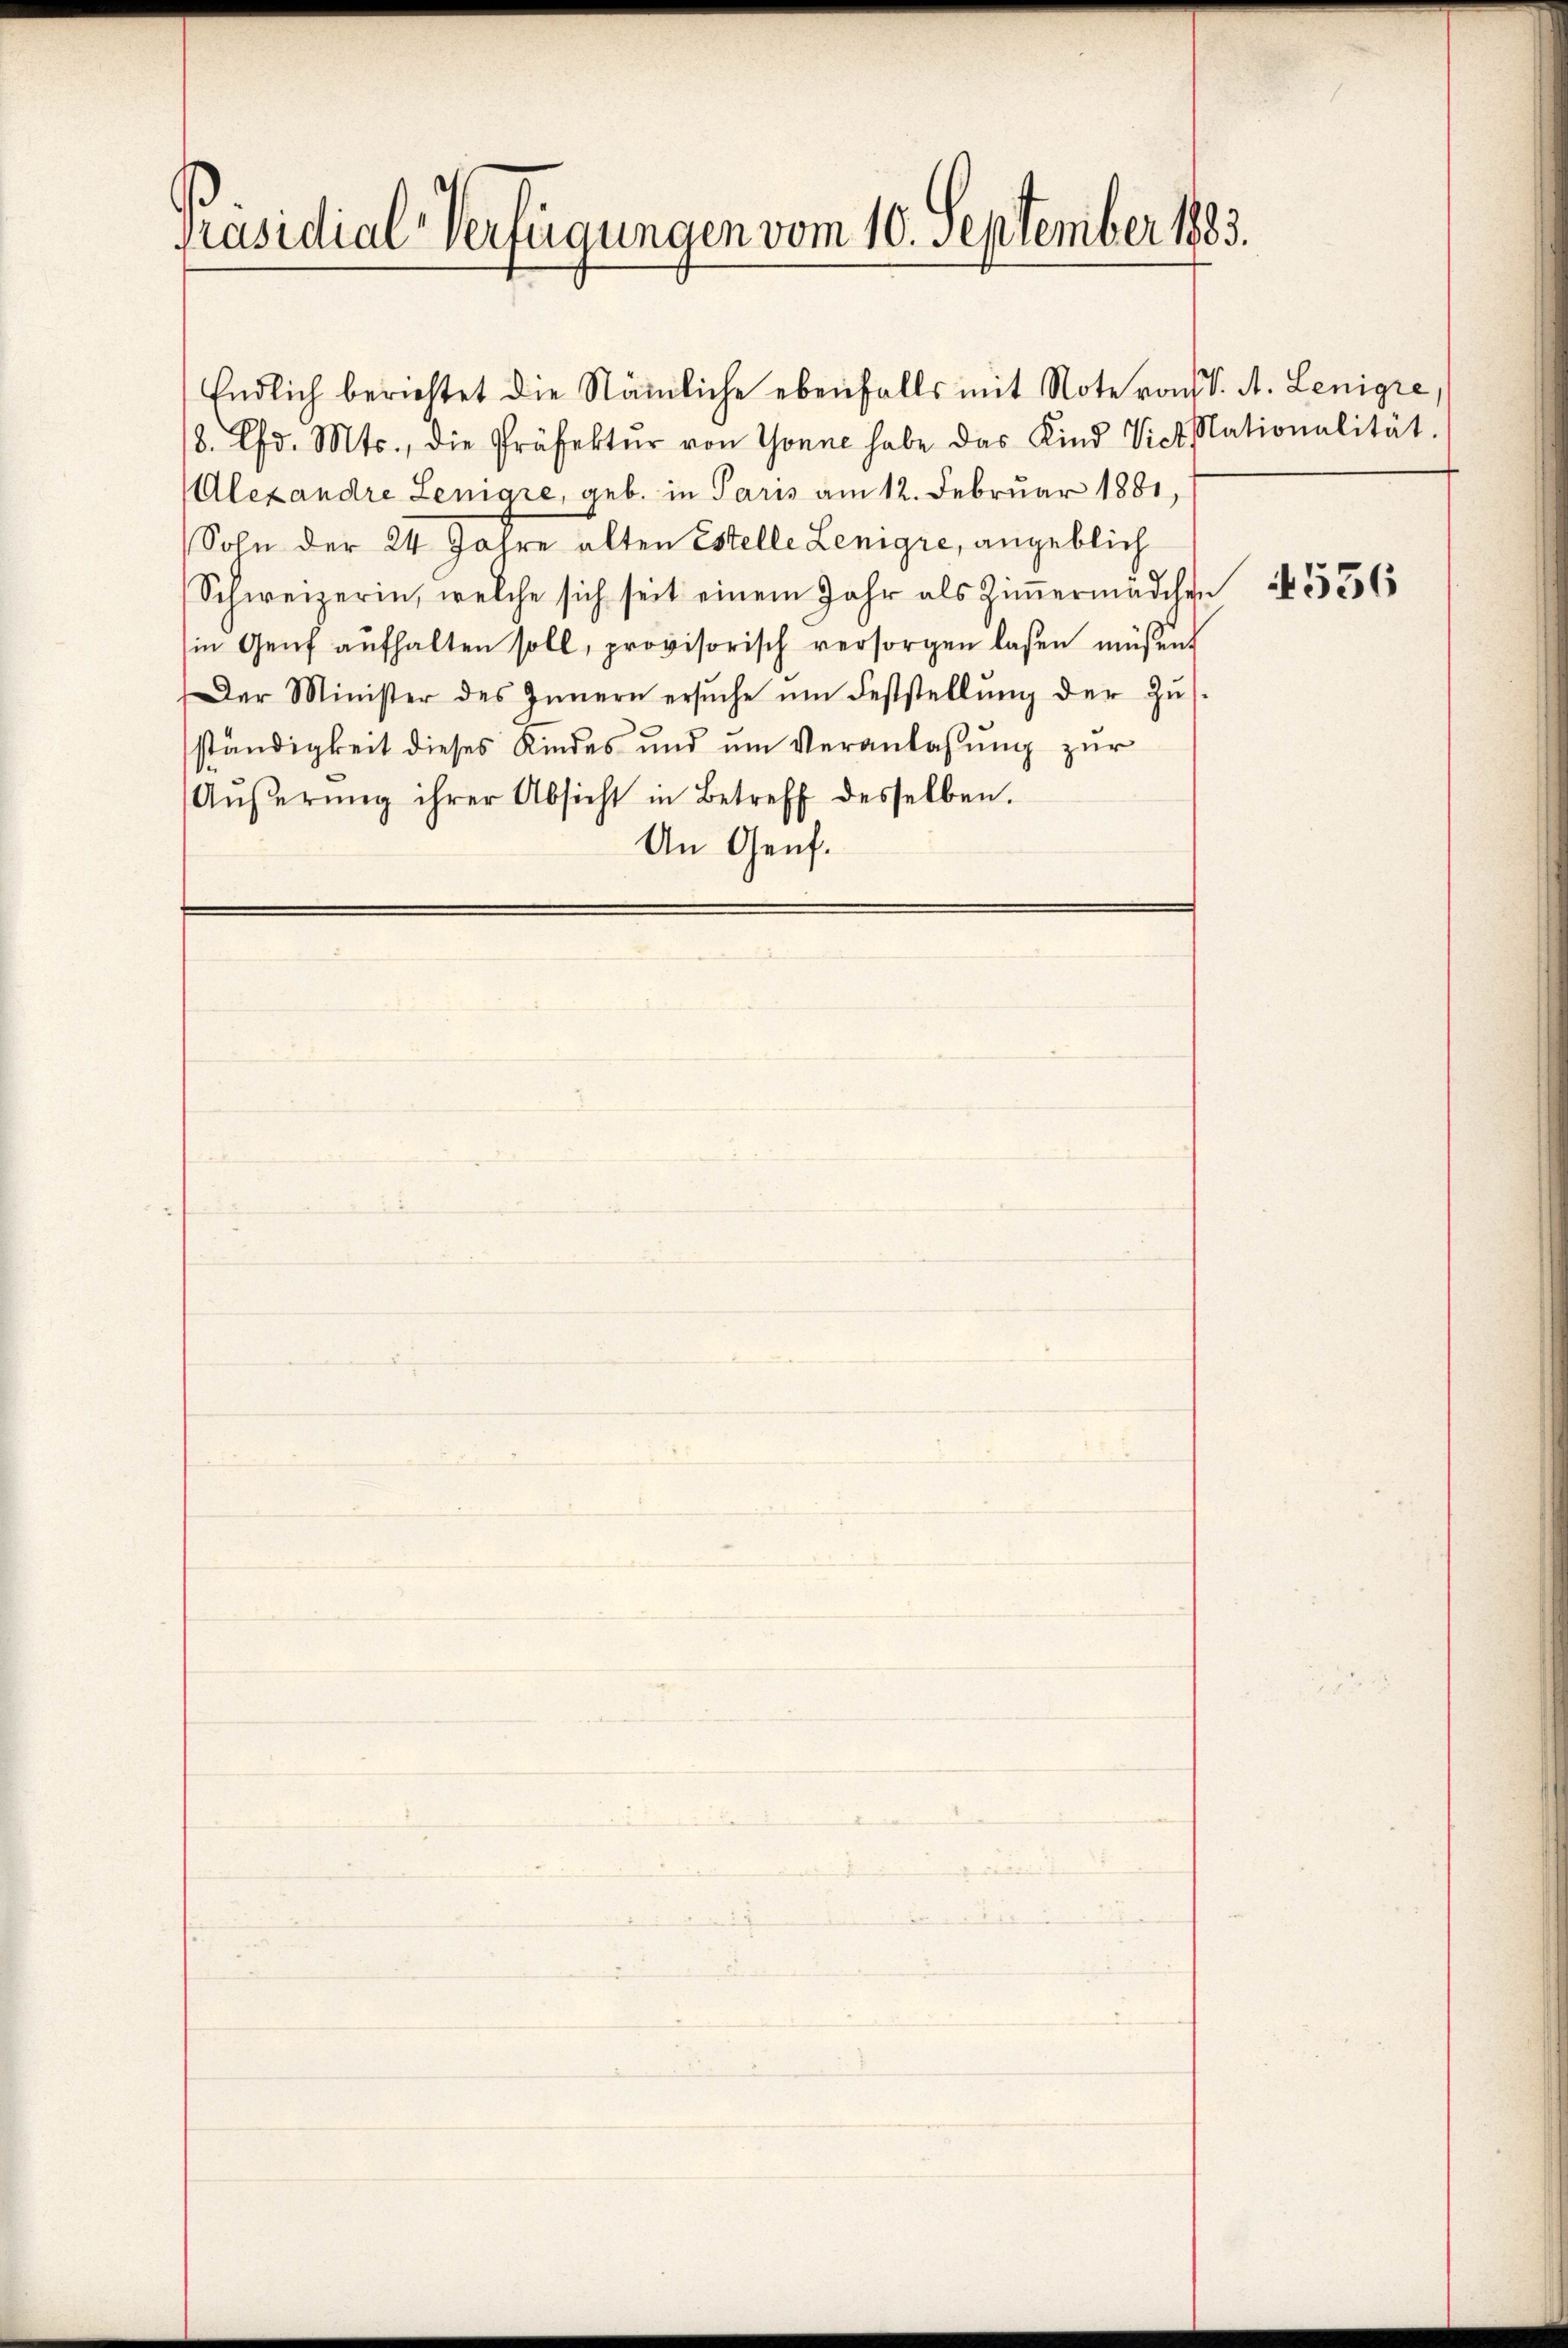
Präsidial-Verfügungen vom 10. September 1883.

8. Ed. Mts., die Präfektŭr von Tonne habe das Kind Vict Nationalität.
Alexandre Lenigre, geb. in Paris am 12. Februar 1881,
Sohn der 24 Jahre alten Estelle Lenigre, angeblich
Schweizerin, welche sich seit einem Jahr als Ziṁermädchen 356
in Genf aufhalten soll, provisorisch versorgen laßen müssen
Der Minister des Innern ersŭche ŭm Feststellŭng der Zŭs-
ständigkeit dieses Kindes und um Veranlassung zur
Aŭβerŭng ihrer Absicht in Betreff desselben.
An Genf.

Endlich berichtet die Nämliche ebenfalls mit Note von K. A. Lenigre,